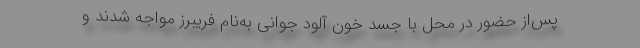
پس‌از حضور در محل با جسد خون آلود جوانی به‌نام فریبرز مواجه شدند و